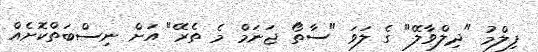
ފިލްމު "ދިލްވާލޭ" ގެ ލަވަ "ސާތޯ ޖަނަމް މެ ތެރޭ" އަށް ނިސްބަތްކޮށެއް